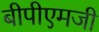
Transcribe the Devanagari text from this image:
बीपीएमजी